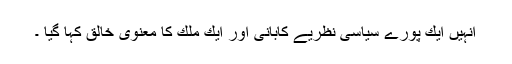
انہیں ایك پورے سیاسی نظریے كابانی اور ایك ملك كا معنوی خالق كہا گیا ۔